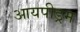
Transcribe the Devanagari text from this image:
आयपीड्रम